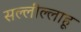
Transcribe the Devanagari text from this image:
सल्लील्लाहू